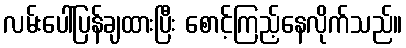
လမ်းပေါ်ပြန်ချထားပြီး စောင့်ကြည့်နေလိုက်သည်။